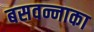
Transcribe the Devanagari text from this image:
बसवन्नाका